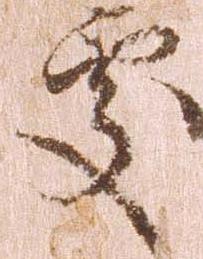
処